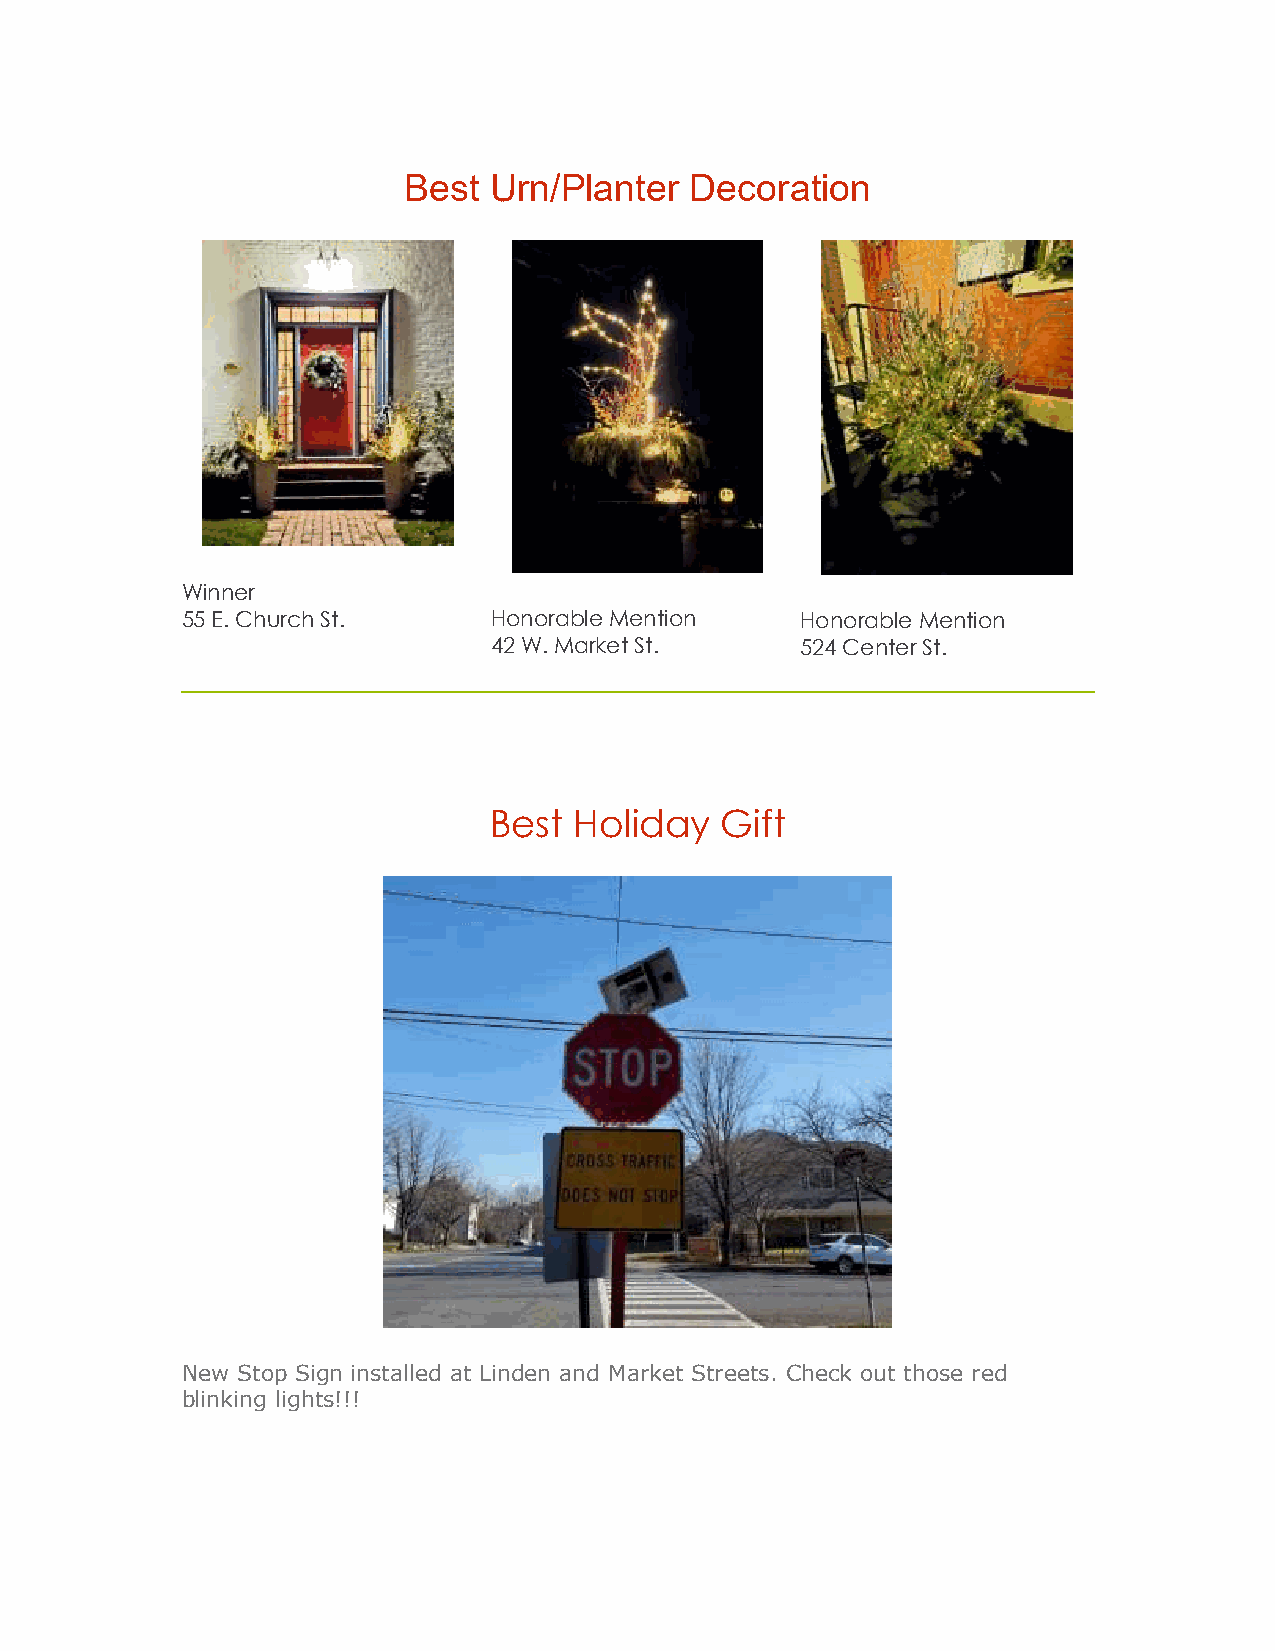
Best Urn/Planter   Decoration
 Winner
 55 E. Church St.    Honorable Mention    Honorable Mention
 42 W. Market St.     524 Center St.
 Best  Holiday   Gift
 New Stop Sign installed at Linden and Market Streets. Check out those red
 blinking lights!!!